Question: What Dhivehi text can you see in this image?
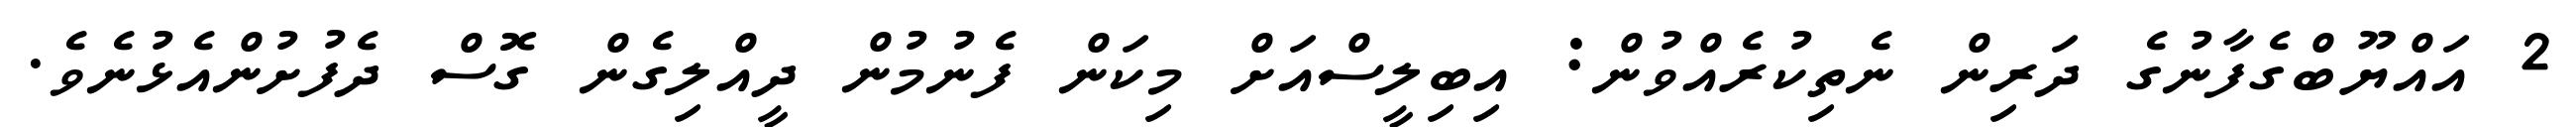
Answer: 2 އައްޔޫބްގެފާނުގެ ދަރިން ނެތިކުރެއްވުން: އިބިލީސްއަށް މިކަން ފެނުމުން ދީއްލިގެން ގޮސް ދެފުށުންއެޅުނެވެ.